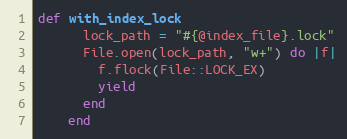
Language: Ruby
def with_index_lock
      lock_path = "#{@index_file}.lock"
      File.open(lock_path, "w+") do |f|
        f.flock(File::LOCK_EX)
        yield
      end
    end